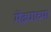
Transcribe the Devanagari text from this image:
मेंढ्याच्या